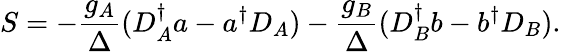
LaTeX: S=-\frac{g_{A}}{\Delta}(D_{A}^{\dagger}a-a^{\dagger}D_{A})-\frac{g_{B}}{\Delta}(D_{B}^{\dagger}b-b^{\dagger}D_{B}).